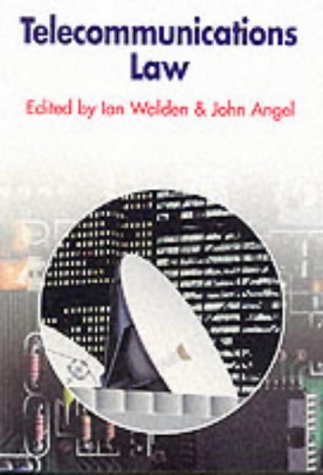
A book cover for Telecommunications Law (Blackstone Press); Law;